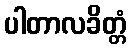
ပါတာလခိတ္တံ